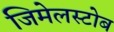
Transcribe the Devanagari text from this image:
जिमेलस्टोब